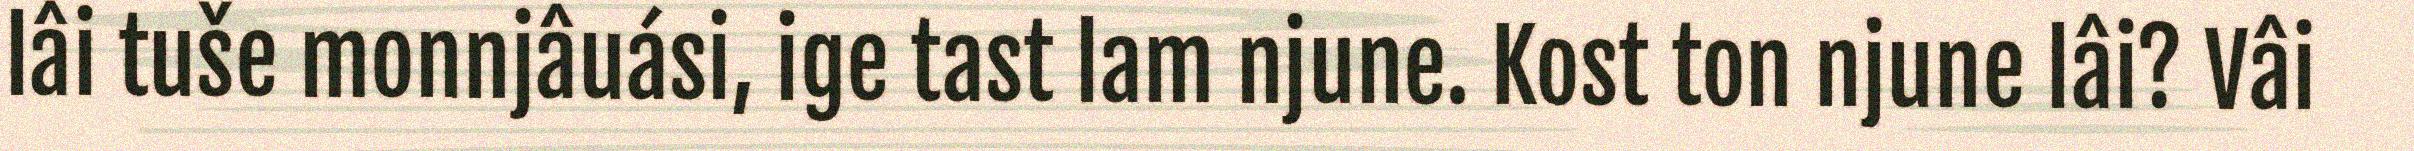
lâi tuše monnjâuási, ige tast lam njune. Kost ton njune lâi? Vâi